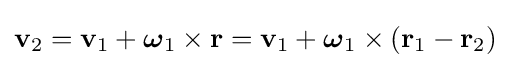
\mathbf {v} _{2}=\mathbf {v} _{1}+{\boldsymbol {\omega }}_{1}\times \mathbf {r} =\mathbf {v} _{1}+{\boldsymbol {\omega }}_{1}\times (\mathbf {r} _{1}-\mathbf {r} _{2})